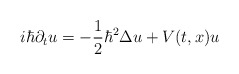
\begin{align*}i\hbar \partial_t u=-\frac{1}{2}\hbar^2\Delta u+V(t,x)u\end{align*}